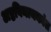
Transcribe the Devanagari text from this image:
अष्टविनायकांत